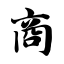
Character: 商